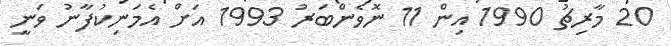
20 މާރިޗު 1990 އިން 11 ނޮވެންބަރު 1993 އަށް އެމަނިކުފާނު ވަނީ